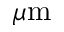
\mu \mathrm { m }